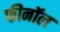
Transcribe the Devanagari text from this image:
फीनॉल